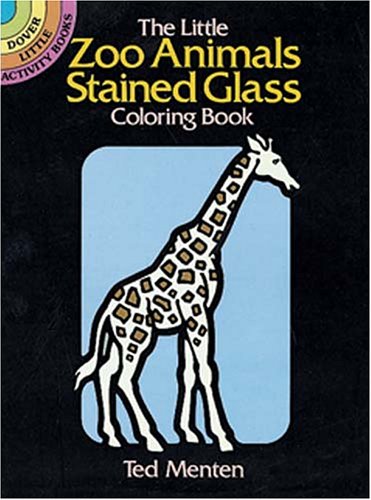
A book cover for The Little Zoo Animals Stained Glass Coloring Book (Dover Stained Glass Coloring Book); Ted Menten; Children's Books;